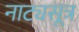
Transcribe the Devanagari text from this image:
नाट्यसूत्र